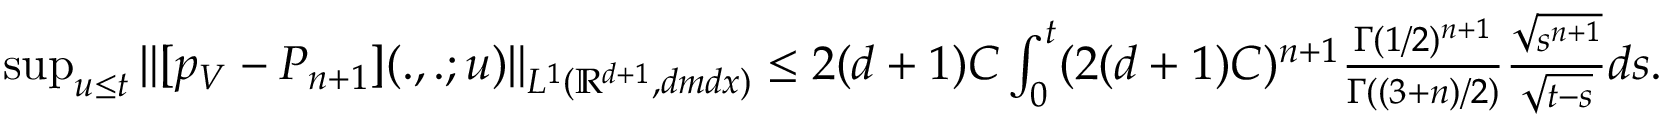
\begin{array} { r } { \operatorname* { s u p } _ { u \leq t } \| [ p _ { V } - P _ { n + 1 } ] ( . , . ; u ) \| _ { L ^ { 1 } ( \mathbb { R } ^ { d + 1 } , d m d x ) } \leq 2 ( d + 1 ) C \int _ { 0 } ^ { t } ( 2 ( d + 1 ) C ) ^ { n + 1 } \frac { \Gamma ( 1 / 2 ) ^ { n + 1 } } { \Gamma ( ( 3 + n ) / 2 ) } \frac { \sqrt { s ^ { n + 1 } } } { \sqrt { t - s } } d s . } \end{array}